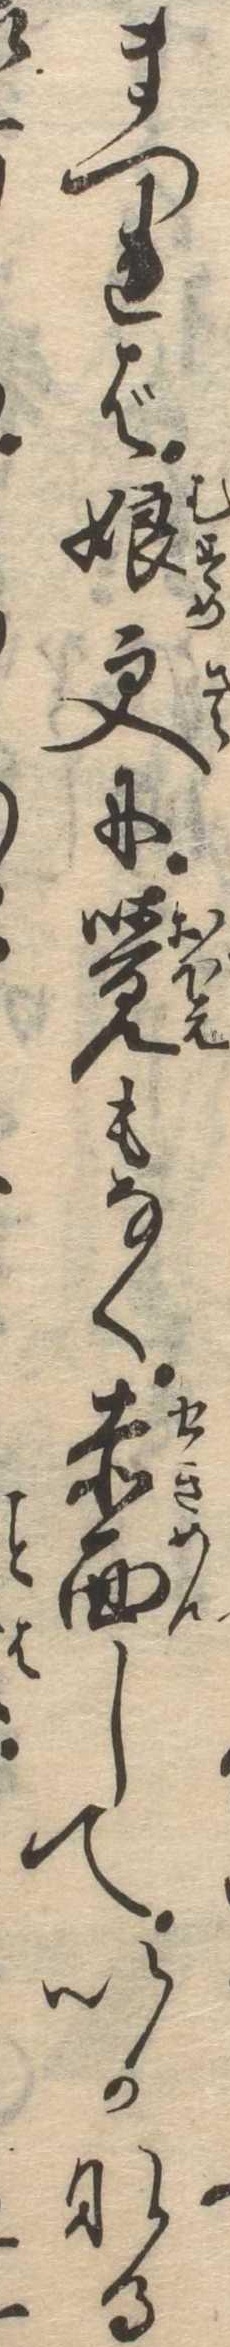
まつれば娘更に覚もなく赤面していかなる